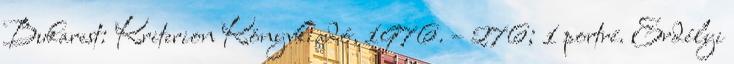
Bukarest: Kriterion Könyvkiadó, 1976. – 276; 1 portré. Erdélyi